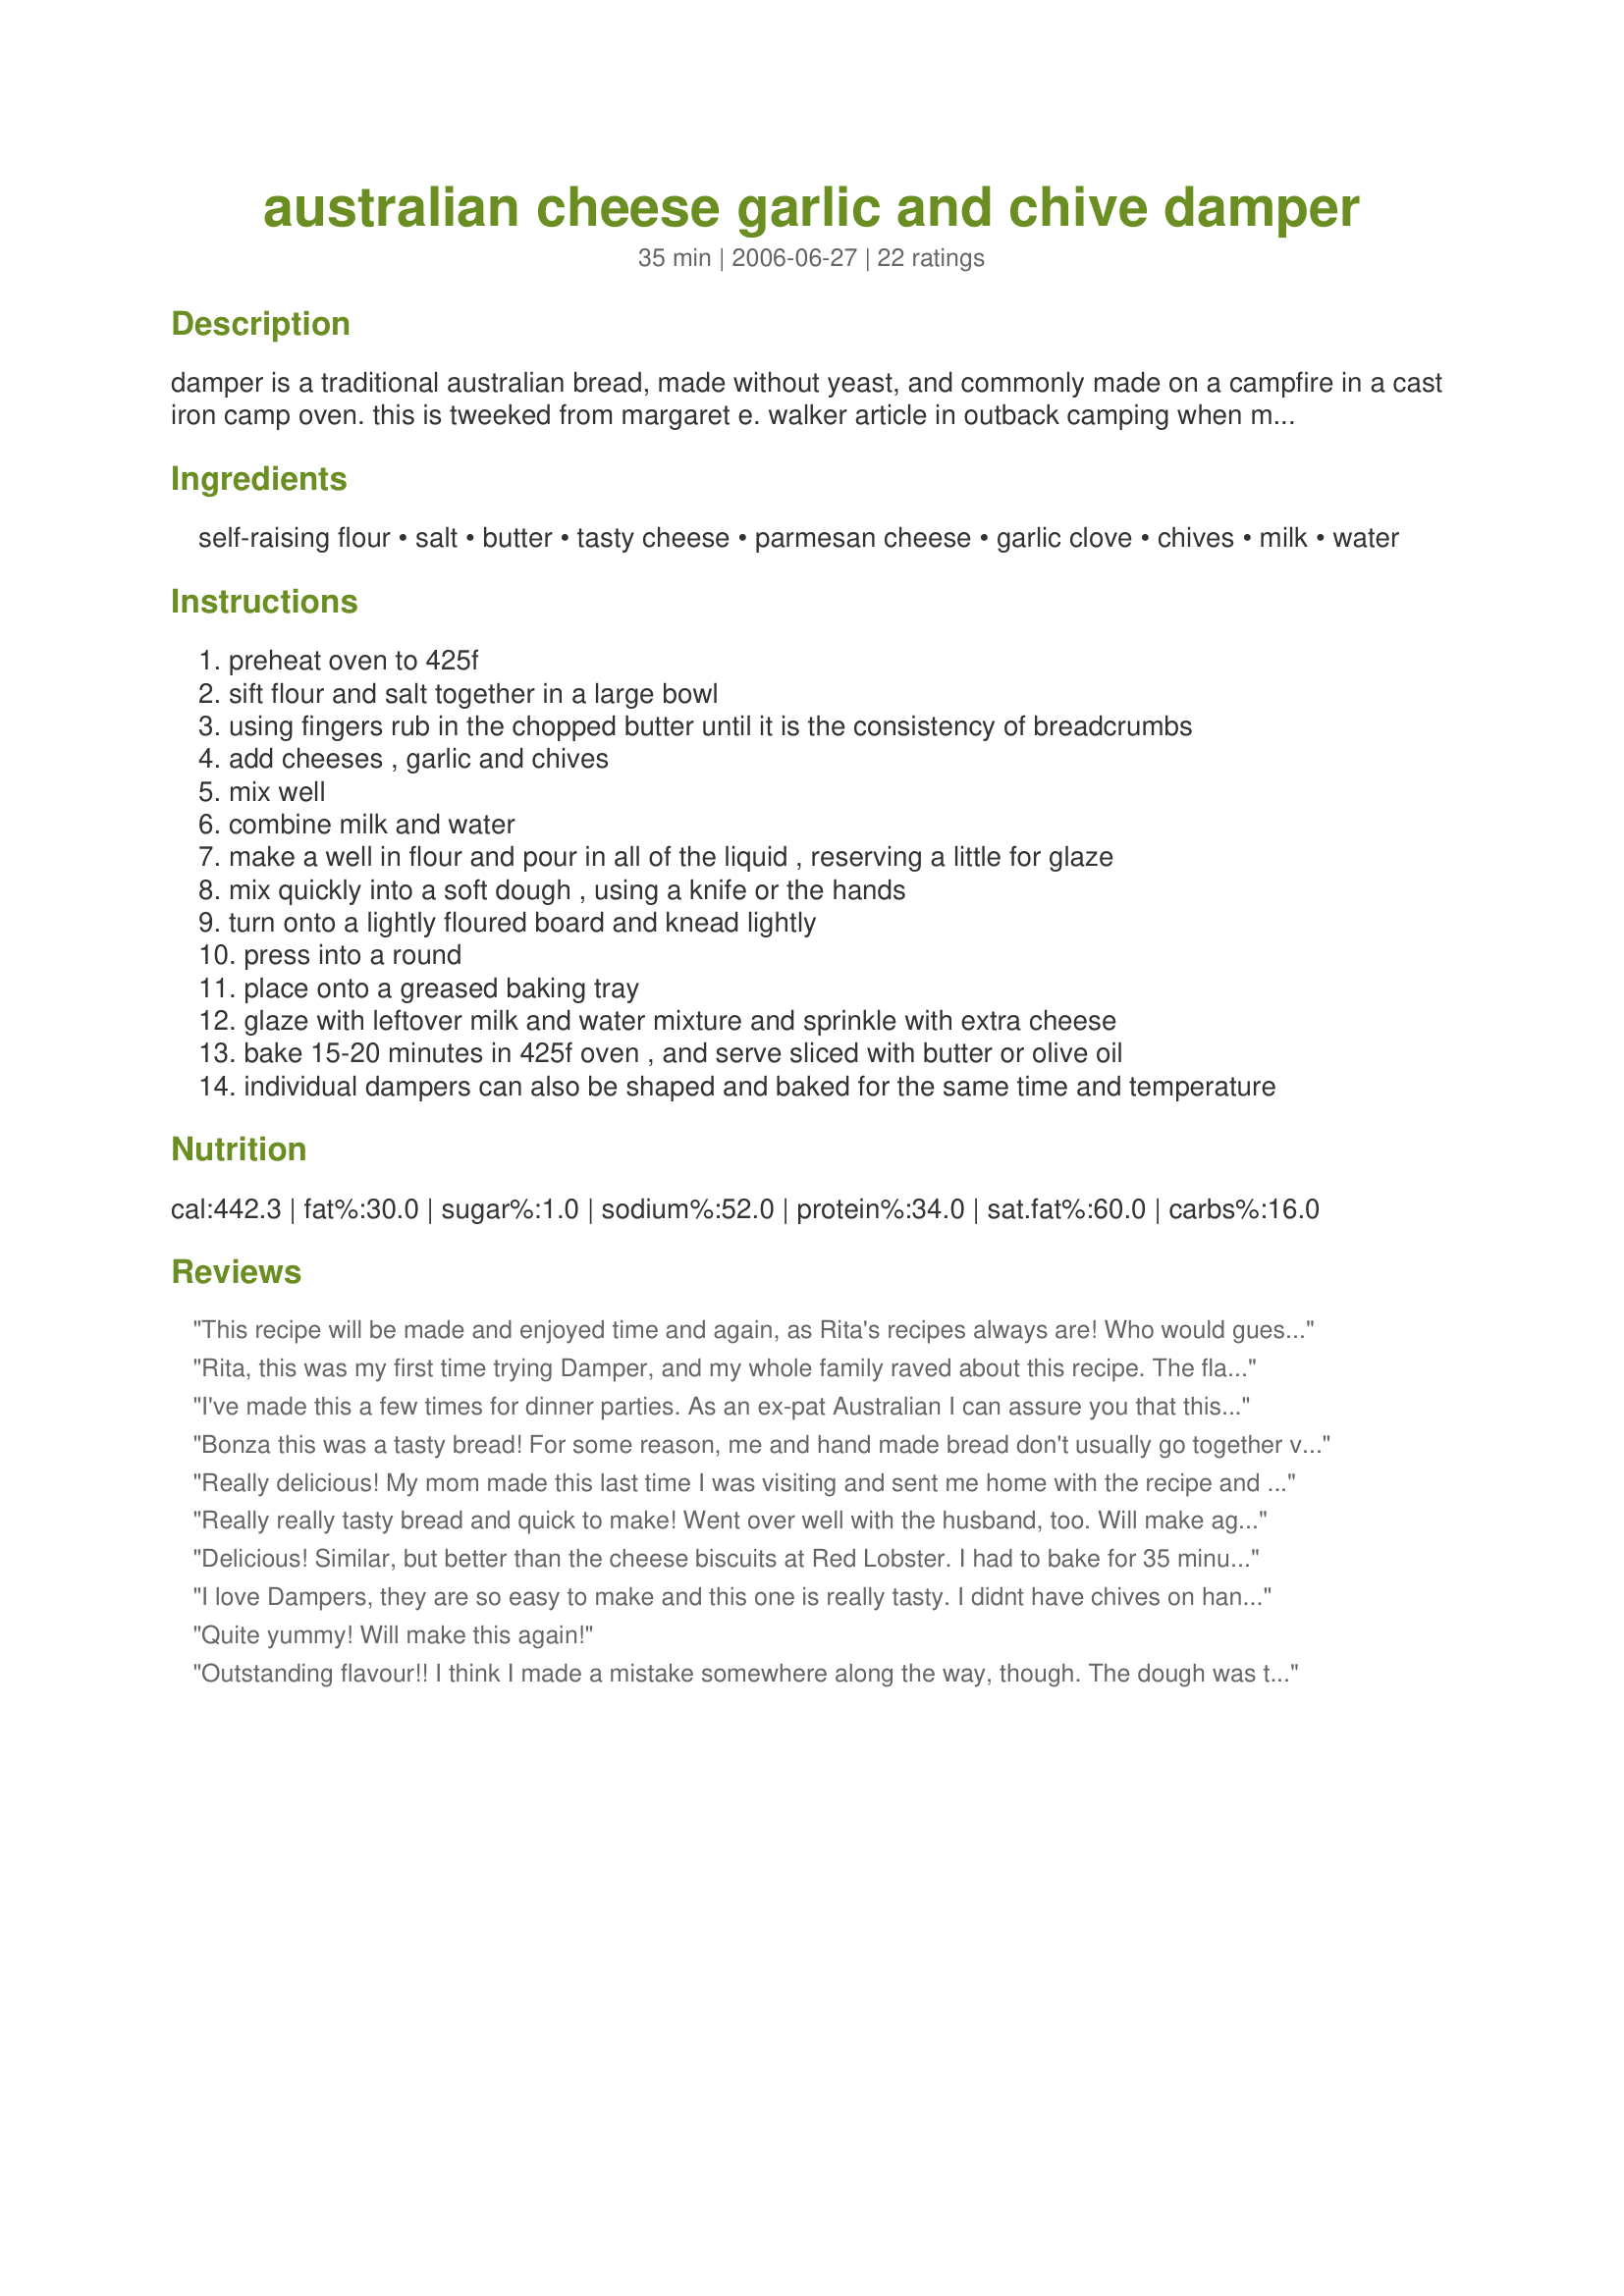
australian cheese garlic and chive damper
Preparation time: 35 minutes

damper is a traditional australian bread, made without yeast, and commonly made on a campfire in a cast iron camp oven.
this is tweeked from margaret e. walker
article in outback camping when margaret was asked her what kind of tasty cheese, and learned that the word 'tasty' is used in australia the way 'sharp' is used in the us. we thanked margaret for helping us learn and had a good laugh at the thought of eating non-tasty cheese.

Ingredients:
self-raising flour, salt, butter, tasty cheese, parmesan cheese, garlic clove, chives, milk, water

Steps:
preheat oven to 425f
sift flour and salt together in a large bowl
using fingers rub in the chopped butter until it is the consistency of breadcrumbs
add cheeses , garlic and chives
mix well
combine milk and water
make a well in flour and pour in all of the liquid , reserving a little for glaze
mix quickly into a soft dough , using a knife or the hands
turn onto a lightly floured board and knead lightly
press into a round
place onto a greased baking tray
glaze with leftover milk and water mixture and sprinkle with extra cheese
bake 15-20 minutes in 425f oven , and serve sliced with butter or olive oil
individual dampers can also be shaped and baked for the same time and temperature

Reviews:
This recipe will be made and enjoyed time and again, as Rita's recipes always are! Who would guess that a concoction of ready ingredients with such simplicity to prepare could be so yummy?! This loaf, as another reviewer said, is reminiscent of those biscuits at Red Lobster Restaurant. I used about 1 1/2 cups cheddar and 1/3 cup total parmesan, counting the parmesn on top, and extra garlic. A definite keeper. Thanks Rita~
Rita, this was my first time trying Damper, and my whole family raved about this recipe. The flavor was delicious and we really loved the texture of the bread. Thanks for sharing the recipe!
I've made this a few times for dinner parties. As an ex-pat Australian I can assure you that this tastes as good as anything you can buy at the bakeries/cafe's back home. It's a fabulous accompaniment to any meal, and very easy to make! I use extra chives, extra garlic and extra cheese. The end result is much like a larger form of 'Red Lobster' biscuits. Delicious!
Bonza this was a tasty bread! For some reason, me and hand made bread don't usually go together very well. If I don't use a bread machine I usually mess it up somehow. So, I went into making this bread thinking I may have gotten myself into a bit of a sticky wicket. I really didn't need to worry because this was super easy to make and it came out tasting great. I probably cooked it for about 10 minutes longer than suggested but I have a gas oven which may have been the cause for that. I used skim milk and reduced fat tasty cheese and had no problem at all. Next time, I might make them into rolls for sandwiches. I bet they would go great with ham. Made for Chow Hounds on ZWT5.
Really delicious! My mom made this last time I was visiting and sent me home with the recipe and a bag of the flour; I wasn't sure I could make it because I'm not the world's best cook but it was extremely easy! I've made it twice in the past week! The second time I added just a little bit more garlic out of personal preference. Will definitely be making this again and again!
Really really tasty bread and quick to make! Went over well with the husband, too. Will make again! Made for PARTY tag game.
Delicious! Similar, but better than the cheese biscuits at Red Lobster. I had to bake for 35 minutes.
I love Dampers, they are so easy to make and this one is really tasty. I didnt have chives on hand but used fresh parsley instead. Teamed up with a vegetable soup this made a wonderful meal. Thankyou so much :)
Quite yummy! Will make this again!
Outstanding flavour!! I think I made a mistake somewhere along the way, though. The dough was the consistency of a very thick muffin batter, and I wondered if it was too wet. I'm almost certain that I measured everything correctly, but I may have added too much liquid. It never really cooked properly all the way through, and I left it in for 45 minutes. I had to take it out because I was afraid it would burn. Next time I'll try using a little less liquid and see how that goes. But this is an awesome recipe! EDITED TO ADD: This bread was a hit!! The 45 minute cooking time ended up being perfect and it was gobbled up at a dinner party. I also added about 5x the amount of chives and garlic called for, and it wasn't too strong at all.
This was a great bread! Easy to make, and very yummy. I shared it with my coworkers, who all gave it a big thumbs-up. The flavor of the garlic was perfect, just enough to know it was there, but not so much that it overpowered the other flavors. I baked this for close to 30 minutes, until the crust was a nice golden brown, and a toothpick came out clean. I'll definately make this one again. Made for ZWT by one of the Cooks with Dirty Faces.
I cut the recipe in half and the bread was cooked on the stove top. It turned out really good and was well received by ~Tasty Dish~~! Fresh chives from our garden, too! We tried a variety of cheese including Welsh cheddar and romano-basically a bunch of different cheese to use up a surplus in the fridge. Made for Best of 2012 and Veg Tag/February.
I really liked this little biscuit. I made pigs in a blankets and used this as the blanket part and kelbasa as the piggy. It worked perfect. Baked for about 18 minutes for pig in the blanket perfection!
i HAVE to give this recipe a 5 star rating however I had messed up by not reading the SELF raising flour! ;( but it was still soooo yummy! (and a little doughy/crunchy). cant wait to make it again and use the proper ingredient! used about 5 cloves of garlic. YAYYY! thanks Rita!<br/><br/> made again 3-4-2012: well used the right flour this time and accidentally used 2 cups of shredded cheddar... YUMMY!!!!! such a quick, easy meal that i usually have everything on hand. thanks again!!
Yum! I really enjoyed this delicious cheesey/garlic biscuit-like bread. Made for ZWT 8.
The family loves it when I suprise them with this recipe b/c it is such a favorite. I usually have all of these ingredients on hand. Easy + great flavor and texture ->keeper!
Rita, this is one FABULOUS DAMPER!
So cheesy and full of chives flavour! Mmmm!
It has a very moist and soft inside with a crunchy cheesy crust on top and the taste is OUTSTANDING!
The dough was easy to work with and it all went together in nearly no time.
THANKS SO MUCH for sharing this winner with us, Rita! Ill surely make it again!
Made and reviewed for Veg'n'Swap #13 August 09 as a recipenap.
Delicious! We loved the cheese, chive, and garlic combination in these dampers. I took a hint from the introduction and baked these in my cast iron skillet instead of on a baking sheet. The cast iron gave it a nice crunchy crust which we loved. I used sharp cheddar for my cheese. Thank you for sharing this quick and easy recipe.<br/>**Made for ZWT 8 Australia**
This was such a simple and flavorful bread to make. I used my pastery cutter instead of my fingers or a knife and it worked out great. This was just too easy. Followed the rest of the directions to the letter. I used this to make Kelbel's <a href="/179851">Pizzeria Crostini</a> which made for a wonderful meal.
Delicious bread. Very easy to put together. Flavor and texture were just right. Moist and cheesy. I made this in the afternoon to take to an evening BBQ to serve alongside some Baked Gigantes Beans. They went very well together. I cut the bread into smaller servings and it kept very well until dinner. The bread was a big hit at the party. Thank you for sharing.
YUM, YUM, YUM! This was super quick and easy and so very tasty ::): I used one green onion in addition to the chives because mine were getting skimpy and in addition to the fresh I used a little onion and garlic powder as my garlics have been a bit wimpy. I like crispy edges and bread that's not to doughy so I cut this into wedges before baking - the edges were especially yummy all crispy cheesey. I can't wait to make these for our next family gathering. Thanks Rita for sharing a great recipe. Made for ZWT 8 by one of The Wild Bunch
With a whole pile of chives and cheese in the fridge, it seemed like a good time to try this recipe, and I'm so glad that I did! With every faith in Rita, I doubled the recipe and formed a dozen scone/rolls, I mixed them up in my Kenwood Chef in a jiffy, and baked them off in my convection oven/microwave .... perfection, beautifully browned, full of flavour, moist and totally delicious. I split a warm one, spread it with butter that melted in, added more grated cheese and served it to DH as a light supper, he just loved it!!
I sent half a dozen with DD1, when she went back to varsity after the weekend, so that I know she has something substantial and nutritious to eat for the next few days!
I'll definitely be making these again before too long! Thanks Rita!!!
